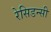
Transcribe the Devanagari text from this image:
रेसिडन्सी